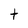
Character: t